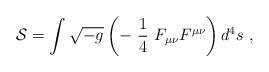
LaTeX: \begin{align*}{\cal S}=\int \sqrt{-g}\left(-\ \frac{1}{4}\ F_{\mu \nu}F^{\mu \nu}\right)d^4s\ ,\end{align*}